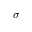
\boldsymbol { \sigma }